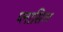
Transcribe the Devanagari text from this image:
प्लासिल